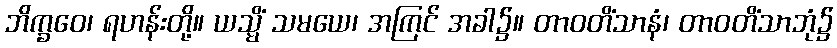
ဘိက္ခဝေ၊ ရဟန်းတို့။ ယသ္မိံ သမယေ၊ အကြင် အခါ၌။ တာဝတိံသာနံ၊ တာဝတိံသာဘုံ၌